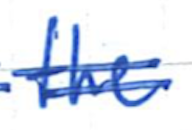
Text: the
Cross-out: double-line
Writing tool: ballpoint